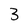
Character: 3